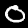
Label: 0